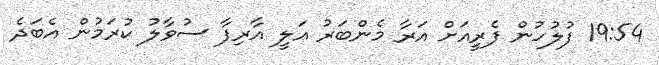
19:54 ފުލުހުން ފެރީއަށް އަރާ މެންބަރު އަލީ އާރިފާ ސުވާލު ކުރަމުން އެބަދެ